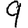
Digit: 9